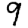
Digit: 9